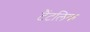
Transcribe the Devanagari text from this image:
टैंटलिक